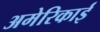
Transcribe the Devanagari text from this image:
अमेरिकाई